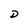
Character: D